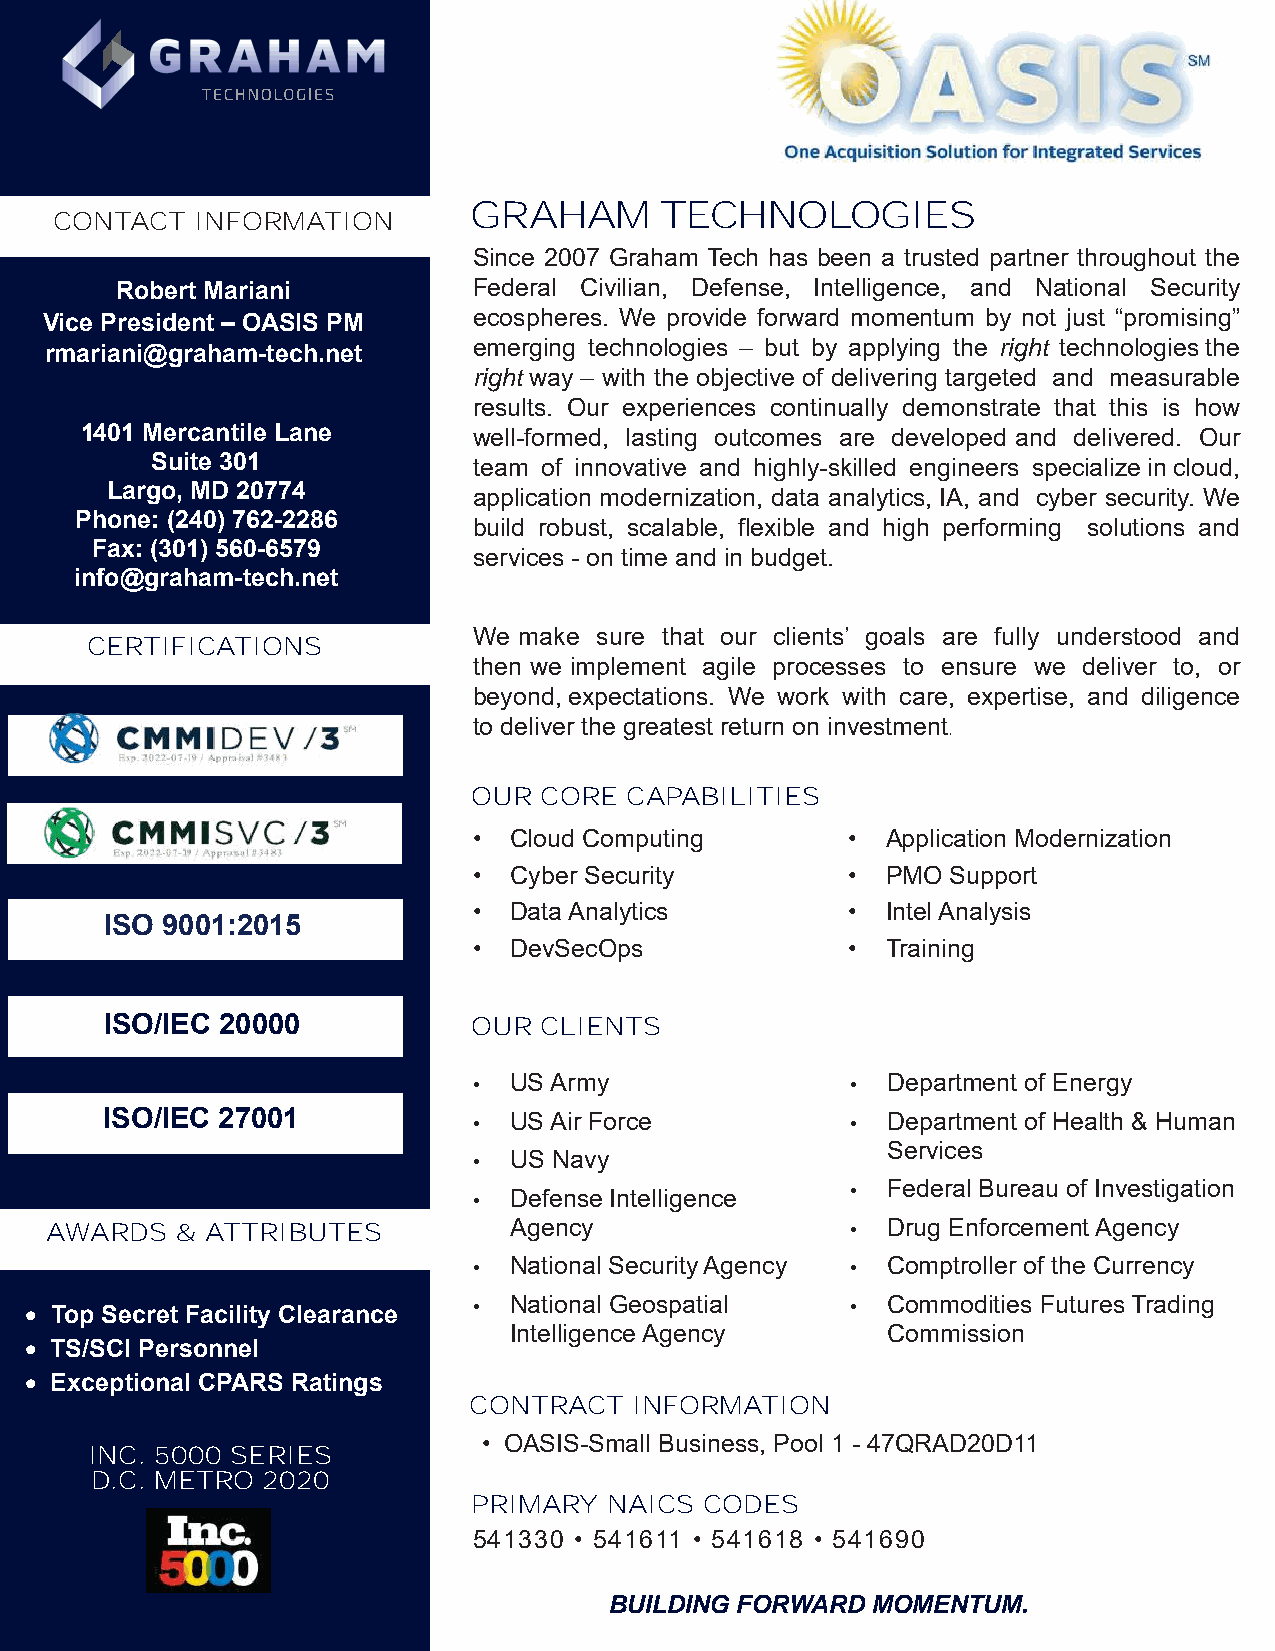
GRAHAM       TECHNOLOGIES
 CONTACT  INFORMATION
 Since 2007 Graham Tech has been a trusted partner throughout the
 Robert Mariani         Federal Civilian, Defense, Intelligence, and National Security
 Vice President – OASIS PM   ecospheres. We provide forward momentum by not just “promising”
 emerging technologies – but by applying the right technologies the
 rmariani@graham-tech.net
 right way – with the objective of delivering targeted and measurable
 results. Our experiences continually demonstrate that this is how
 1401 Mercantile Lane      well-formed, lasting outcomes are developed and delivered. Our
 Suite 301            team of innovative and highly-skilled engineers specialize in cloud,
 Largo, MD 20774         application modernization, data analytics, IA, and cyber security. We
 Phone: (240) 762-2286
 build robust, scalable, flexible and high performing solutions and
 Fax: (301) 560-6579
 services - on time and in budget.
 info@graham-tech.net
 We make sure that our clients’ goals are fully understood and
 CERTIFICATIONS
 then we implement agile processes to ensure we deliver to, or
 beyond, expectations. We work with care, expertise, and diligence
 to deliver the greatest return on investment.
 OUR  CORE CAPABILITIES
 •  Cloud Computing       •  Application Modernization
 •  Cyber Security        •  PMO Support
 •  Data Analytics        •  Intel Analysis
 ISO 9001:2015
 •  DevSecOps             •  Training
 ISO/IEC 20000           OUR  CLIENTS
 •  US Army               •  Department of Energy
 ISO/IEC 27001           •  US Air Force          •  Department of Health & Human
 Services
 •  US Navy
 •  Federal Bureau of Investigation
 •  Defense Intelligence
 AWARDS   & ATTRIBUTES          Agency                •  Drug Enforcement Agency
 •  National Security Agency • Comptroller of the Currency
 •  National Geospatial   •  Commodities Futures Trading
 • Top Secret Facility Clearance
 Intelligence Agency      Commission
 • TS/SCI Personnel
 • Exceptional CPARS Ratings
 CONTRACT   INFORMATION
 • OASIS-Small Business, Pool 1 - 47QRAD20D11
 INC. 5000 SERIES
 D.C. METRO 2020
 PRIMARY  NAICS  CODES
 541330 • 541611 • 541618 • 541690
 BUILDING FORWARD  MOMENTUM.